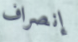
إنصراف